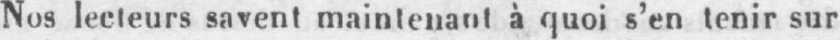
Nos lecteurs savent maintenant à quoi s’en tenir sur